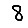
Digit: 8